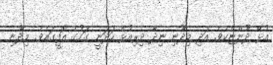
އުޅޭ ދޫންޏެކެވެ. އަދި މިދޫނި ނިދާ ދިރިއުޅެ ހަދަނީ ގަހުގެ އޮފީގައެވެ. މިދޫނި